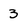
Character: 3